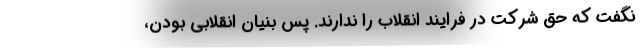
نگفت که حق شرکت در فرایند انقلاب را ندارند. پس بنیان انقلابی بودن،